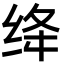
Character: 绛